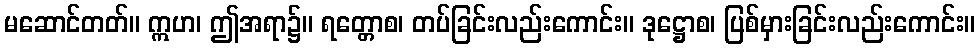
မဆောင်တတ်။ ဣဟ၊ ဤအရာ၌။ ရတ္တောစ၊ တပ်ခြင်းလည်းကောင်း။ ဒုဋ္ဌောစ၊ ပြစ်မှားခြင်းလည်းကောင်း။